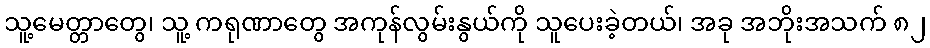
သူ့မေတ္တာတွေ၊ သူ့ ကရုဏာတွေ အကုန်လွမ်းနွယ်ကို သူပေးခဲ့တယ်၊ အခု အဘိုးအသက် ၈၂